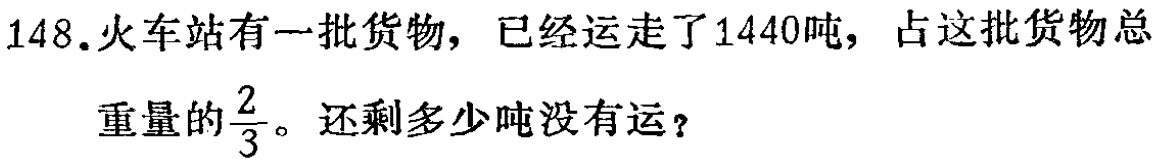
148.火车站有一批货物，已经运走了1440吨，占这批货物总重量的$\frac{2}{3}$。还剩多少吨没有运？